Vaccination in Burma 1889-1999 - 1889-1999
Year: 1889
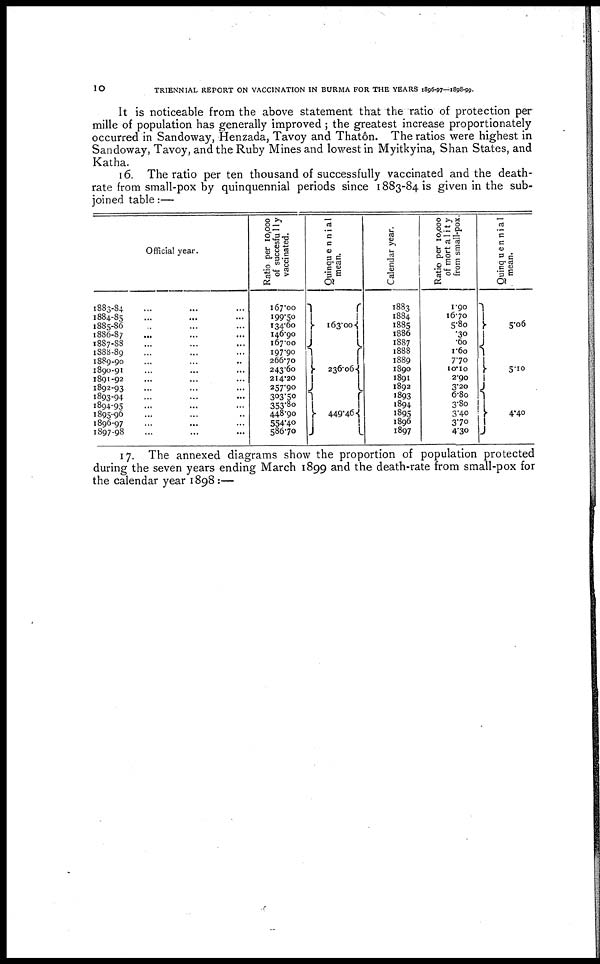
10
TRIENNIAL REPORT ON VACCINATION IN BURMA FOR THE YEARS 1896-97—1898-99.
It is noticeable from the above statement that the ratio of protection per
mille of population has generally improved ; the greatest increase proportionately
occurred in Sandoway, Henzada, Tavoy and Thatôn. The ratios were highest in
Sandoway, Tavoy, and the Ruby Mines and lowest in Myitkyina, Shan States, and
Katha.
16. The ratio per ten thousand of successfully vaccinated and the death-
rate from small-pox by quinquennial periods since 1883-84 is given in the sub-
joined table:—
Official year.
1883-84 ... ... ...
1884-85 ... ... ...
1885-86 ... ... ...
1886-87 ... ... ...
1887-88 ... ... ...
1888-89 ... ... ...
1889-90 ... ... ...
1890-91 ... ... ...
1891-92 ... ... ...
1892-93 ... ... ...
1893-94 ... ... ...
1894-95 ... ... ...
1895-96 ... ... ...
1896-97 ... ... ...
1897-98 ... ... ...
Ratio per 10,000
of succesfully
vaccinated.
167.00
199.50
134.60
146.90
167.00
197.90
266.70
243.60
214.20
257.90
303.50
353.80
448.90
554.40
586.70
Quinqu ennial
mean.
163.00
236.06
449.46
Calendar year.
1883
1884
1885
1886
1887
1888
1889
1890
1891
1892
1893
1894
1895
1896
1897
Ratio per 10,000
of mortality
from small-pox.
1.90
16.70
5.80
.30
.60
1.60
7.70
10.10
2.90
3.20
6.80
3.80
3.40
3.70
4.30
Quinq uennial
mean.
5.06
5.10
4.40
17. The annexed diagrams show the proportion of population protected
during the seven years ending March 1899 and the death-rate from small-pox for
the calendar year 1898:—